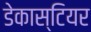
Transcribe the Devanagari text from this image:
डेकास्टियर